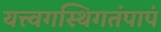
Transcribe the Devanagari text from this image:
यत्त्वगस्थिगतंपापं